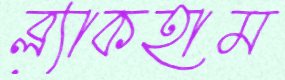
ব্ল্যাকহাম